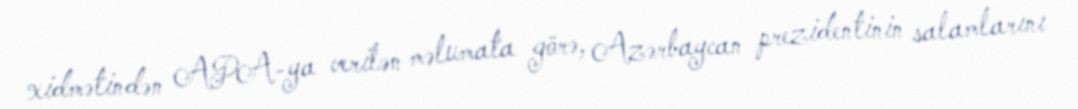
xidmətindən APA-ya verilən məlumata görə, Azərbaycan prezidentinin salamlarını